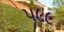
૫૯૯